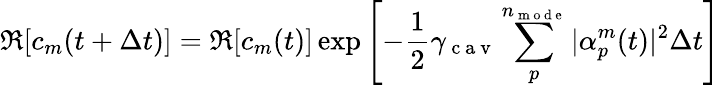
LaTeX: \Re[c_{m}(t+\Delta t)]=\Re[c_{m}(t)]\exp\left[-\frac{1}{2}\gamma_{\mathrm{~c~a~v~}}\sum_{p}^{n_{\mathrm{~m~o~d~e~}}}|\alpha_{p}^{m}(t)|^{2}\Delta t\right]